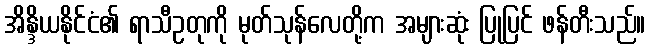
အိန္ဒိယနိုင်ငံ၏ ရာသီဥတုကို မုတ်သုန်လေတို့က အများဆုံး ပြုပြင် ဖန်တီးသည်။